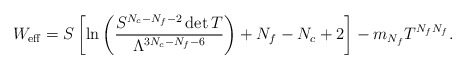
\begin{align*}W_{\rm eff}=S \left[ \ln\left(\frac{S^{N_c-N_f-2}\det T}{\Lambda^{3N_c-N_f-6}}\right)+N_f-N_c+2\right]-m_{N_f}T^{N_fN_f}.\end{align*}